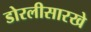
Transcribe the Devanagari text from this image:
डोरलीसारखे